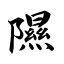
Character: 隰